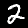
Label: 2